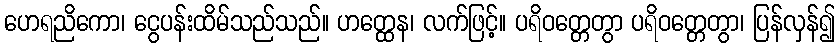
ဟေရညိကော၊ ငွေပန်းထိမ်သည်သည်။ ဟတ္ထေန၊ လက်ဖြင့်။ ပရိဝတ္တေတွာ ပရိဝတ္တေတွာ၊ ပြန်လှန်၍